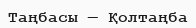
Таңбасы — Қолтаңба